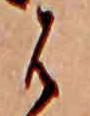
は